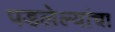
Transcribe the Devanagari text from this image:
पडलेल्यांचा